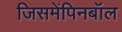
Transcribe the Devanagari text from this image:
जिसमेंपिनबॉल